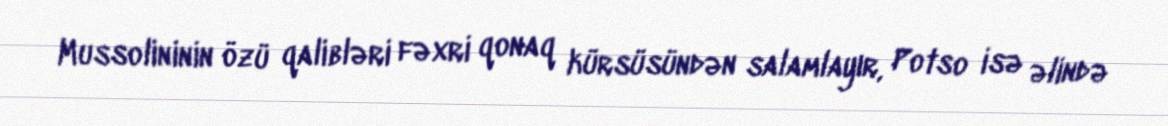
Mussolininin özü qalibləri fəxri qonaq kürsüsündən salamlayır, Potso isə əlində